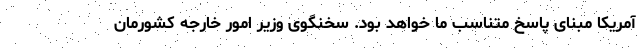
آمریکا مبنای پاسخ متناسب ما خواهد بود. سخنگوی وزیر امور خارجه کشورمان